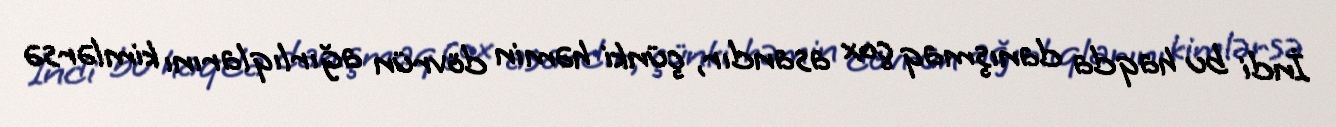
İndi bu haqda danışmaq çox asandır, çünki həmin dövrün ağırlıqlarını kimlərsə